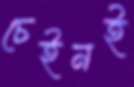
চেইনই